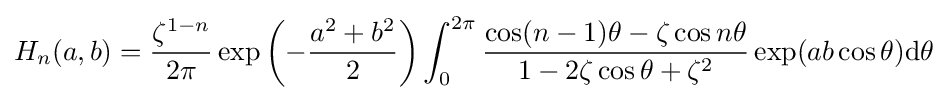
H_{n}(a,b)={\frac {\zeta ^{1-n}}{2\pi }}\exp \left(-{\frac {a^{2}+b^{2}}{2}}\right)\int _{0}^{2\pi }{\frac {\cos(n-1)\theta -\zeta \cos n\theta }{1-2\zeta \cos \theta +\zeta ^{2}}}\exp(ab\cos \theta )\mathrm {d} \theta